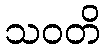
သဝတိ